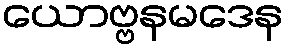
ယောဗ္ဗနမဒေန